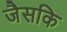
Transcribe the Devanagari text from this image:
जैसकि